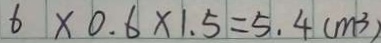
6 \times 0 . 6 \times 1 . 5 = 5 . 4 ( m ^ { 3 } )